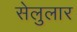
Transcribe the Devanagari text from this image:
सेलुलार